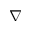
\boldsymbol { \nabla }